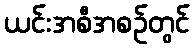
ယင်းအစီအစဉ်တွင်